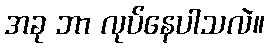
အခု ဘာ လုပ်နေပါသလဲ။